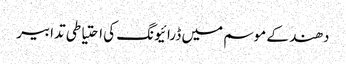
دھند کے موسم میں ڈرائیونگ کی احتیاطی تدابیر